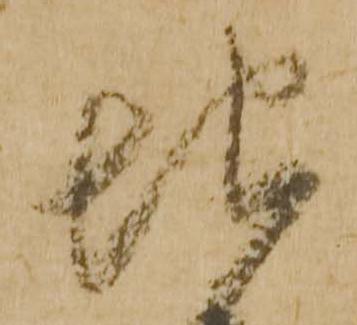
地